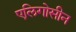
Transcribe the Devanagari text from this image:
एलिगोसीन